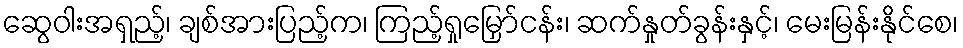
ဆွေဝါးအရှည့်၊ ချစ်အားပြည့်က၊ ကြည့်ရှုမြှော်ငန်း၊ ဆက်နှုတ်ခွန်းနှင့်၊ မေးမြန်းနိုင်စေ၊